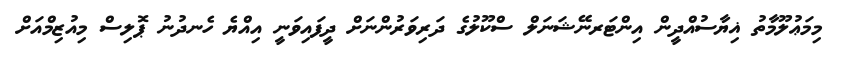
މިމަޢުލޫމާތު ޣިޔާސުއްދީން އިންޓަރނޭޝަނަލް ސްކޫލުގެ ދަރިވަރުންނަށް ދީފައިވަނީ އިއްޔެ ހެނދުނު ޕޮލިސް މިއުޒިމްއަށް